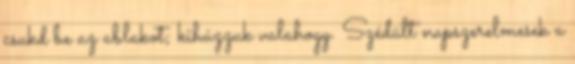
csukd be az ablakot; kihúzzuk valahogy. Szédült napszerelmesek a